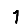
Digit: 1